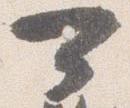
可